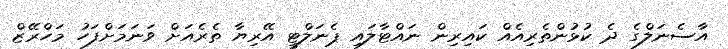
އާސެނަލްގެ ދެ ކުޅުންތެރިއެއް ކައިރިން ނައްޓާލައި ޕެނަލްޓީ އޭރިޔާ ތެރެއަށް ވަނަމަށްފަހު މަހްރޭޒް